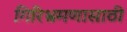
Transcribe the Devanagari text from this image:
गिरिभ्रमणासाठी